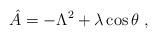
LaTeX: \begin{align*}\hat{A} = - \Lambda^{2} + \lambda \cos \theta \; ,\end{align*}